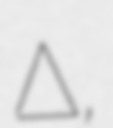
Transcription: Δούκαινα,